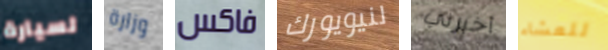
لسيارة وزارة فاكس لنيويورك أخبرني للعشاء